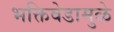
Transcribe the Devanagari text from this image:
भक्तिवेडामुळे